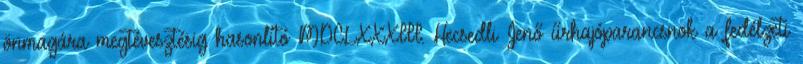
önmagára megtévesztésig hasonlító MDCLXXXIII. Hecsedli Jenő űrhajóparancsnok a fedélzeti